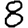
Digit: 8